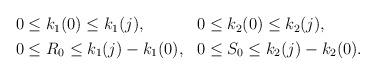
LaTeX: \begin{align*}\begin{aligned}0 &\le k_1(0) \le k_1(j), &0 &\le k_2(0) \le k_2(j),\\ 0 &\le R_0 \le k_1(j) - k_1(0), &0&\le S_0 \le k_2(j) - k_2(0).\end{aligned} \end{align*}